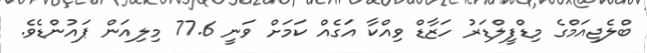
ބްލެޖިއަމްގެ މިޑްފީލްޑަރު ހަޒާޑް ވިއްކާ އަގެއް ކަމަށް ވަނީ 77.6 މިލިއަން ޕައުންޑެވެ.